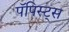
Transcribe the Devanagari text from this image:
पॅपिस्ट्स